Document type: payment_order
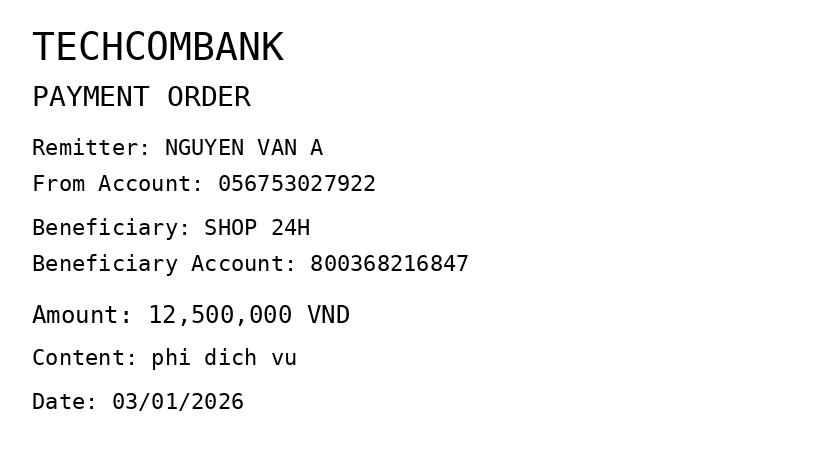
OCR transcript:
TECHCOMBANK
PAYMENT ORDER
Remitter: NGUYEN VAN A
From Account: 056753027922
Beneficiary: SHOP 24H
Beneficiary Account: 800368216847
Amount: 12,500,000 VND
Content: phi dich vu
Date: 03/01/2026
Extracted fields:
bank_name: techcombank
sender_name: nguyen van a
sender_account: 056753027922
beneficiary_name: shop 24h
beneficiary_account: 800368216847
amount: 12500000
content: phi dich vu
date: 2026-01-03